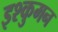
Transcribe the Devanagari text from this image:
इश्कुमन